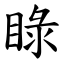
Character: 睩